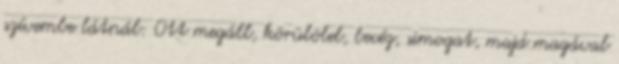
szívembe látnál: Ott megáll, körülölel, becéz, simogat, majd magával